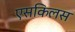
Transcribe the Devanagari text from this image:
एसकिलस